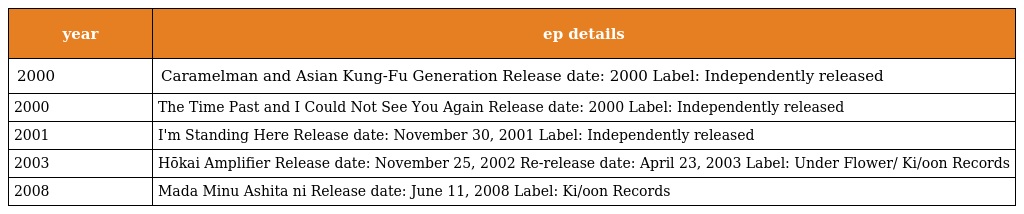
| year | ep details |
 | --- | --- |
 | 2000 | Caramelman and Asian Kung-Fu Generation Release date: 2000 Label: Independently released |
 | 2000 | The Time Past and I Could Not See You Again Release date: 2000 Label: Independently released |
 | 2001 | I'm Standing Here Release date: November 30, 2001 Label: Independently released |
 | 2003 | Hōkai Amplifier Release date: November 25, 2002 Re-release date: April 23, 2003 Label: Under Flower/ Ki/oon Records |
 | 2008 | Mada Minu Ashita ni Release date: June 11, 2008 Label: Ki/oon Records |